Account of plague administration in the Bombay Presidency from September 1896 till May 1897
Year: 1896
Disease focus: Plague
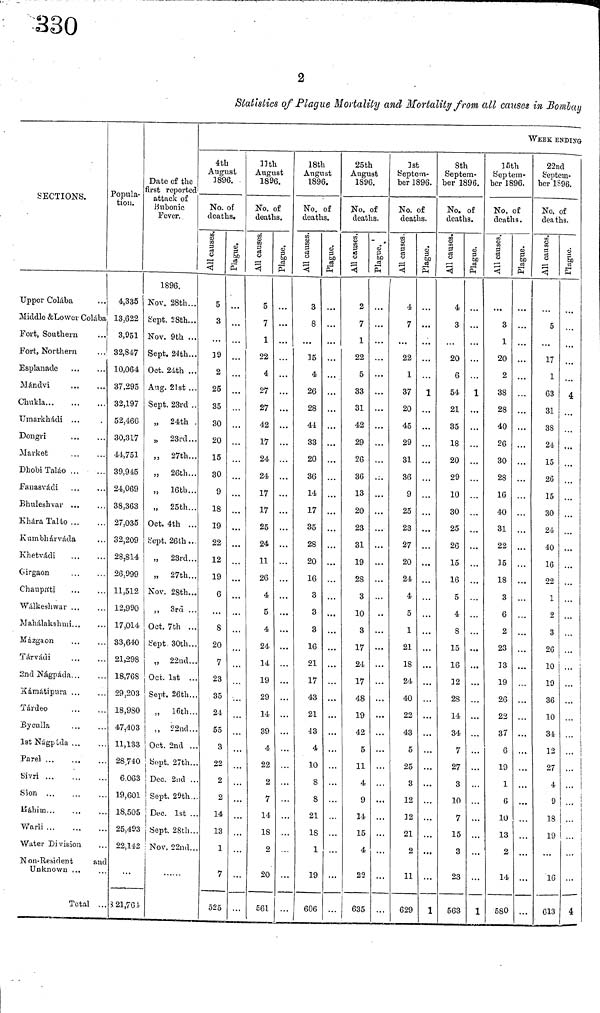
2
Statistics of Plague Mortality and Mortality from all causes in Bombay
SECTIONS.
Upper Colaba
Middle & Lower Colaba
Fort, Southern
Fort, Northern
Esplanade
...
Mándvi
...
Chukla
Umarkhadi ...
Dongri
...
Market
DhobiTaláo
Fanasvadi
Bhuleshvar ...
KharaTalao
Kumbhárvada
,..
Khetvadi
Gïrgaon
Chaupatï . . . . . .
Walkeshwar
Mahâlakshmi
Mázgaon
Tárvádi
2nd Nágpáda
kamátipura
Tárdeo
Byculla
1st Nágpada ...
Parel
Sivri
Sion ...
Máhiin
Warli
Water División
Non-Resident
and
Unknown ...
Total .
Popula-
tion.
4,335
13,622
3,951
32,847
10,064
37,295
32,197
52,466
30,317
44,751
39,945
24,069
38,363
27,035
32,209
28,814
26,999
11,512
12,990
17,014
33,640
21,298
18,768
29,203
18,980
47,403
11,133
28,740
6,063
19,601
18,505
25,493
23,142
8 21,761
Date of the
first reported
attack of
Bubonic
Fever.
1896.
Nov. 28th...
Sept. 28th...
Nov. 9th ...
Sept. 24th...
Oct. 24th ...
Aug. 21st ...
Sept. 23rd ..
„ 24th .
,, 23rd...
„ 27th...
„ 26th...
„ 16th...
„ 25th...
Oct. 4th ..
Sept. 26th..
„
23rd..
„ 27th..
Nov. 28th..
„ 3rd ..
Oct. 7th ..
Sept. 30th.
„ 22nd.
Oct. 1st .
Sept. 26th.
„ 16th.
„ 22nd.
Oct. 2nd .
Sept. 27th.
Dec. 2nd
Sept. 29th
Dec. 1st
Sept. 28th
Nov. 22nd
4th
August
1896.
No. of
deaths.
All causes
5
3
39
2
25
35
30
20
15
30
9
18
19
22
12
19
6
. . .
S
20
7
23
35
24
55
3
22
2
2
14
1
525
Plague
. . .
. . .
. . .
. . .
. . .
. . .
. . .
. . .
...
. . .
. . .
. . .
...
...
...
...
...
. . .
. . .
. . .
. . .
··
11th
August
1896.
No. of
deaths.
All causes
5
7
1
22
4
27
27
42
17
24
24
17
17
25
24
11
26
4
5
4
24
14
19
29
14
39
4
22
2
7
14
18
2
20
561
Plague
. . . .
...
.. .
. . .
...
. . .
...
. . .
·
...
. . .
. . .
...
...
. . .
...
...
...
. . .
...
-I —
18th
August
1896.
No. of
deaths.
All causes
3
8
. . .
15
4
26
28
44
33
20
36
14
17
35
28
20
16
3
3
3
16
21
17
43
21
43
4
10
2
1
.
19
606
Plague
. . .
. . .
. . .
. . .
. . .
.. .
. . .
..
...
.
. . <
...
. . .
...
t ··
...
. . .
. . .
...
...
. . .
..
··
...
25th
August
1896.
No. of
deaths.
All causes
2
7
1
22
5
33
31
42
29
26
36
13
20
23
31
19
28
3
10
3
17
24
17
48
19
42
5
11
4
I
1.
1
4.
22
635
Plague
.,
. . .
. . .
..
..
..
. . .
. . .
. . .
..
...
. . .
. . .
. . .
. . .
...
...
. . .
. . .
. . .
..
..
1st
Septem-
ber-1896.
Ko. of
deaths.
All causes
4
7
22
1
37
20
45
29
31
36
9
25
23
27
20
24
4
5
1
21
18
24
40
22
43
5
25
3
12
12
21
1
62
Plague
..
. . .
. . .
1
. . .
. . .
. . .
. . .
..
, .
. . .
.
. . .
. . . .
. . .
...
...
..
,.
WEEK ENDING.
I
8th
Septem-
ber 1896.
No. of
deaths.
All causes
4
3
20
6
54
21
35
18
20
29
10
30
25
26
15
16
5
4
8
15
16
32
28
14
34
7
27
3
10
ι
1
3
2E
56
Plague
..
1
..
.,
. . .
. . .
. . .
. . .
. . .
. . .
. . .
. . .
...
...
..
...
1
15th
Septem-
ber 1896.
No. of
deaths .
All causes
3
1
20
2
38
28
40
26
30
28
1C
40
31
22
35
18
3
6
2
23
13
19
26
22
37
6
10
1
6
10
13
2
14
580
Plague
..
. . .
. . .
..
.,
...
. . .
. . .
. . .
. . .
. . .
...
...
. . .
...
...
. . .
. . .
. . .
22nd
Septem-
ber 1896.
No. of
deaths.
All causes
5
...
17
1
63
31
38
24
15
26
15
30
24
40
16
22
1
2
3
26
10
19
36
10
34
12
27
4
9
18
Plague
...
...
4
...
... |
. . .
...
...
. . .
. . .
. . .
1 ..
. . .
. . .
... i
. . . i
i
...
i
...
ι
I
i
19 ...
10
613
1
4